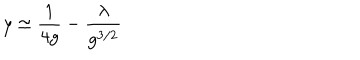
y \simeq \frac { 1 } { 4 g } - \frac { \lambda } { g ^ { 3 / 2 } }